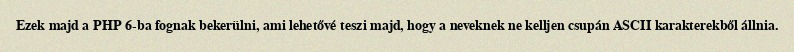
Ezek majd a PHP 6-ba fognak bekerülni, ami lehetővé teszi majd, hogy a neveknek ne kelljen csupán ASCII karakterekből állnia.